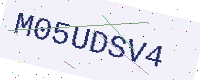
Text: M05UDSV4